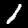
Digit: 1